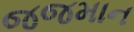
જજમાન